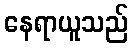
နေရာယူသည်